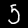
Digit: 5